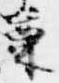
篥